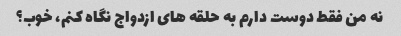
نه من فقط دوست دارم به حلقه های ازدواج نگاه کنم، خوب؟